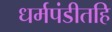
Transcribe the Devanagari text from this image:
धर्मपंडीतहि